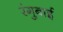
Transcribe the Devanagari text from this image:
रंगुबाई